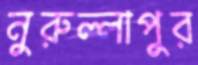
নুরুল্লাপুর